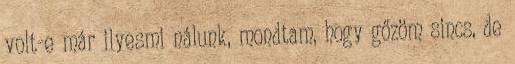
volt-e már ilyesmi nálunk, mondtam, hogy gőzöm sincs, de